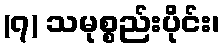
(၇) သမုစ္စည်းပိုင်း၊